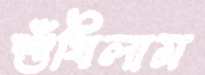
শুঁখিলাম